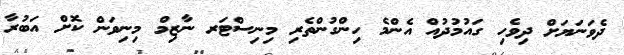
ދެވަނަޔަށް ދިވެހި ގައުމުދުއް އެންމެ ހިންގުންތެރި މިނިސްޓަރ ނާޒިމް މިނިވަން ކޮށް އަބުރާ